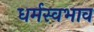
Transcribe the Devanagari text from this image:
धर्मस्वभाव